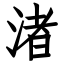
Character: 渚